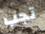
تجب